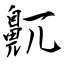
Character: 鼿